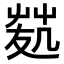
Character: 𠙢